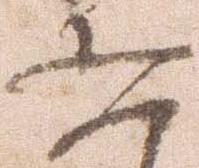
五